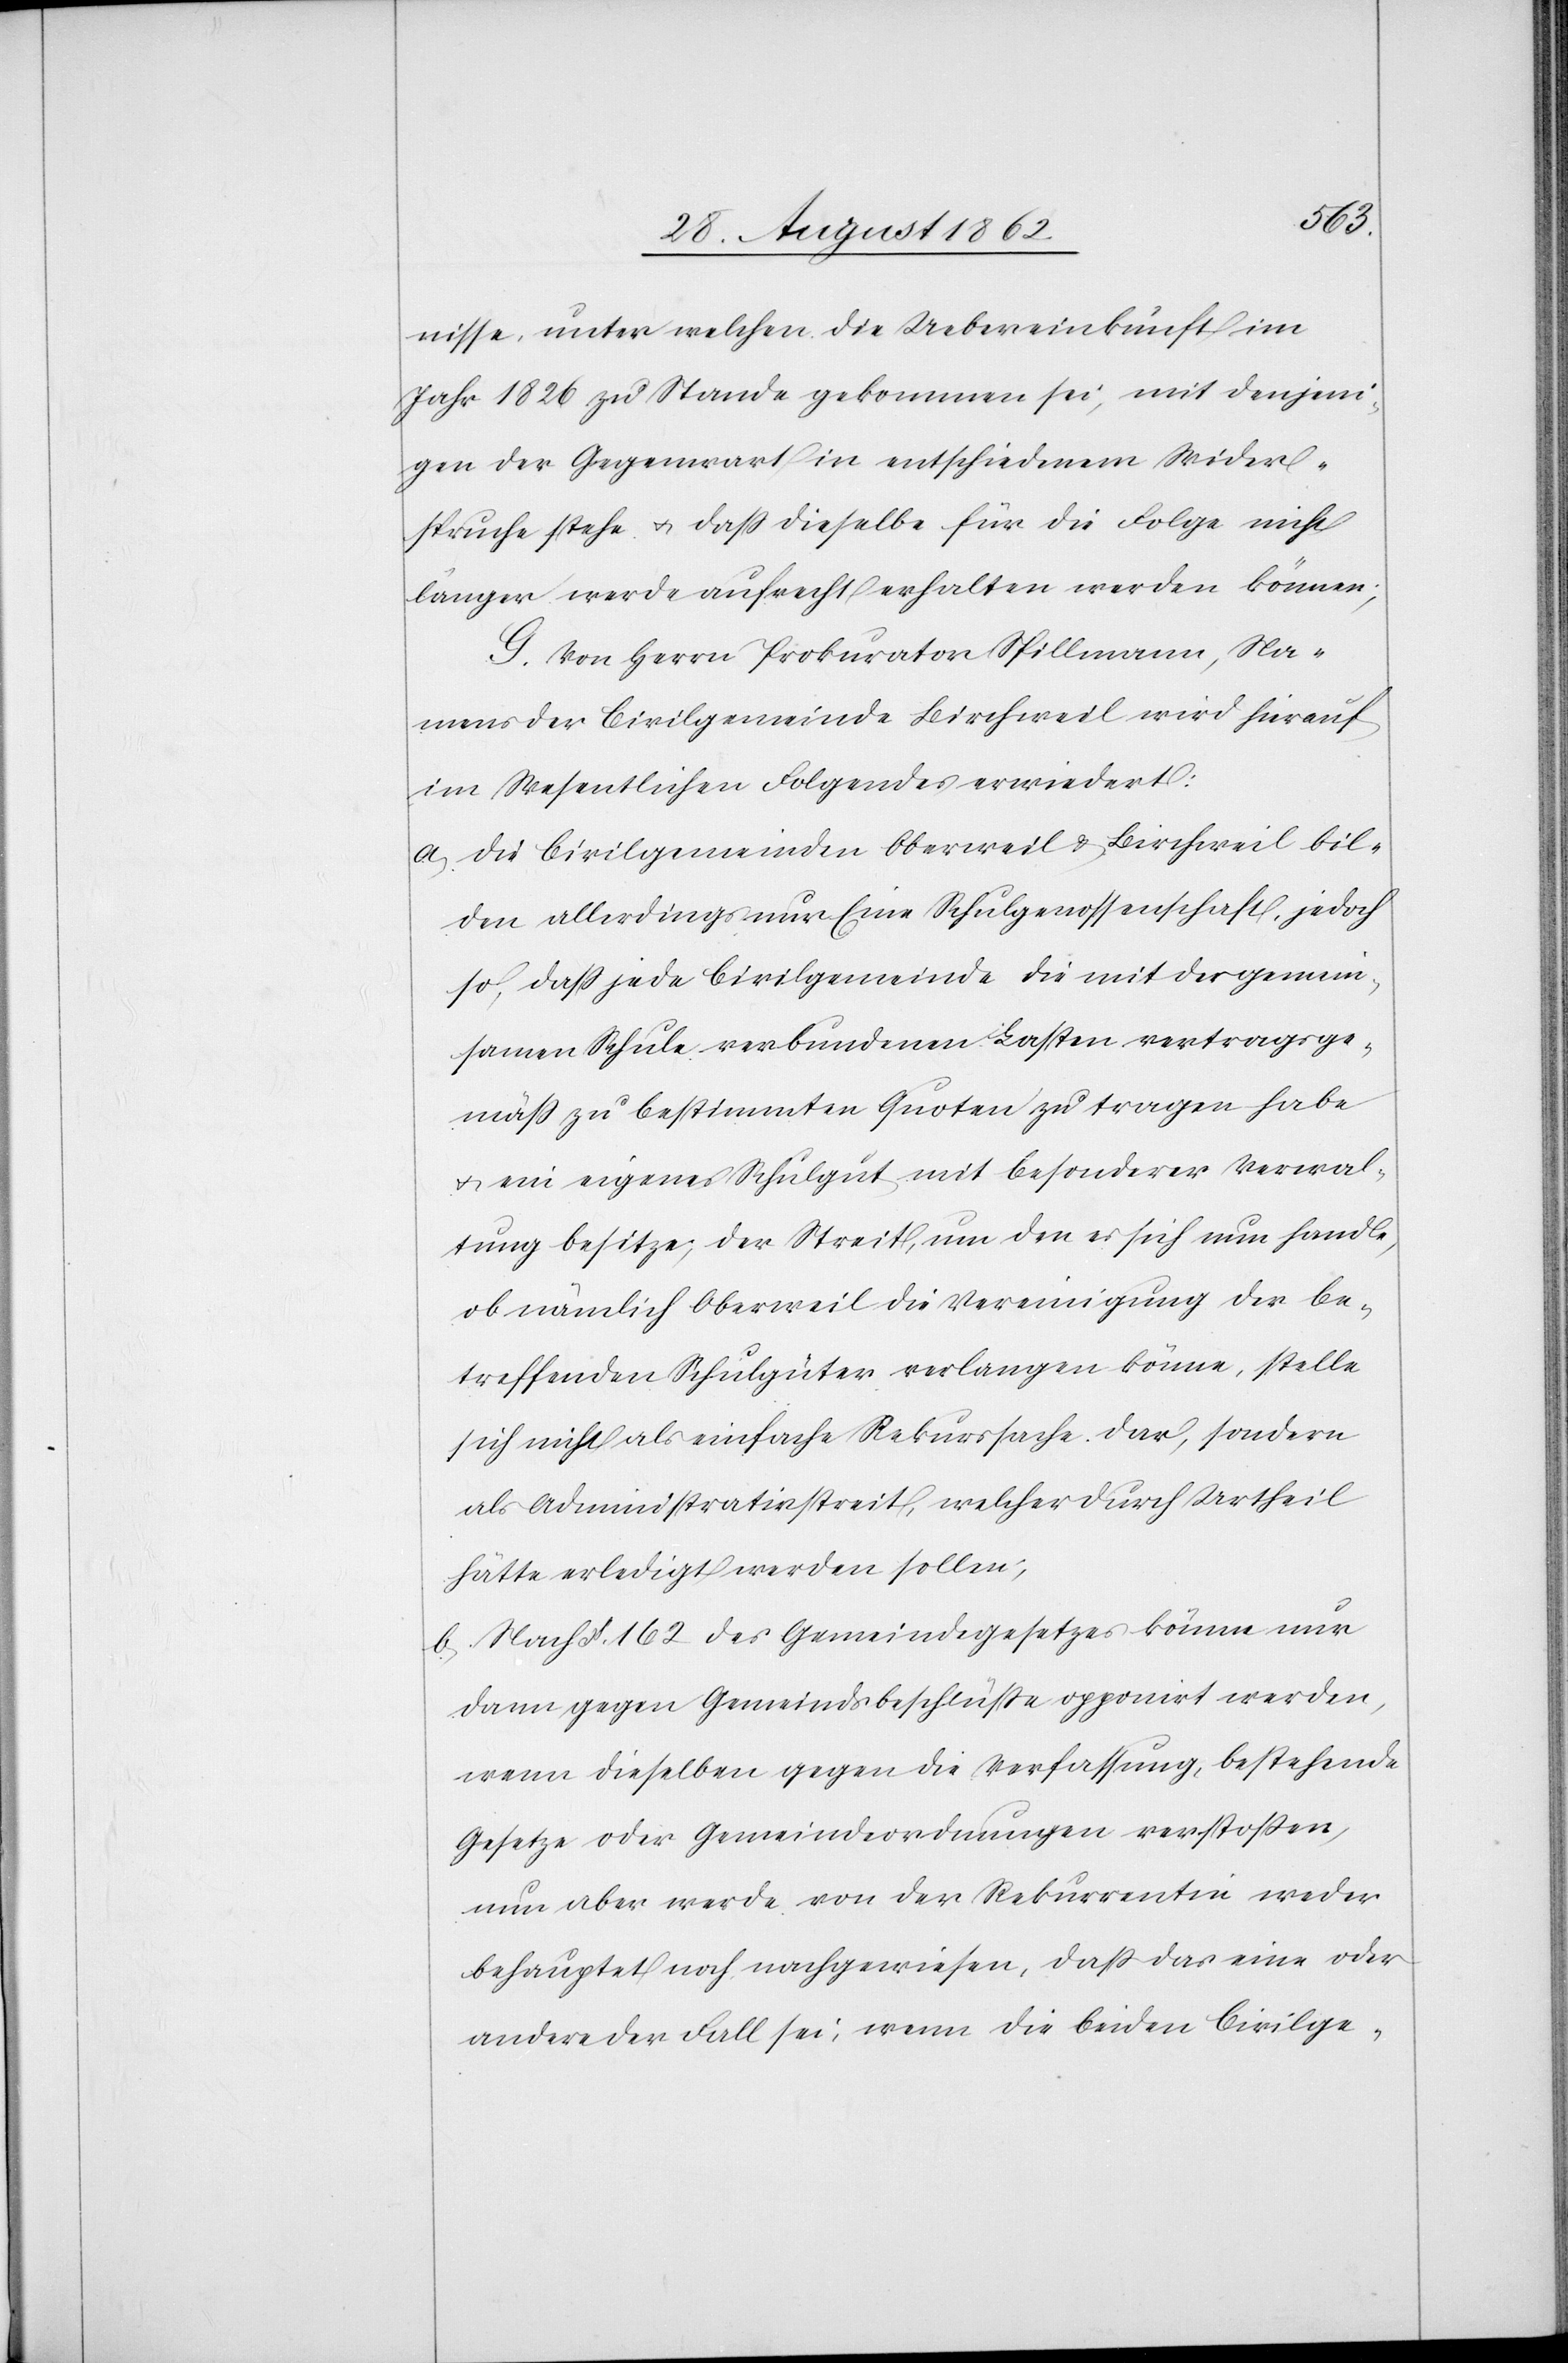
nisse, unter welchen die Uebereinkunft im
Jahr 1826 zu Stande gekommen sei, mit denjeni¬
gen der Gegenwart in entschiedenen Wider¬
spruche stehe u. daß dieselbe für die Folge nicht
länger werden aufrecht erhalten werden können;
G. Von Herrn Prokurator Spillmann, Na¬
mens der Civilgemeinde Birchweil wird hierauf
im Wesentlichen Folgendes erwiedert:
a. Die Civilgemeinden Oberweil u. Birchweil bil¬
den allerdings nur Eine Schulgenossenschaft, jedoch
so, daß jede Civilgemeinde die mit der gemein¬
samen Schule verbundenen Lasten vertragsge¬
mäß zu bestimmten Quoten zu tragen habe
u. ein eigenes Schulgut mit besonderer Verwal¬
tung besitze; der Streit, um den es sich nun handle,
ob nämlich Oberweil die Vereinigung der be¬
treffenden Schulgüter verlangen könne, stelle
sich nicht als einfache Rekurssache dar, sondern
als Administrativstreit, welcher durch Urtheil
hätte erledigt werden sollen;
b. Nach §. 162 des Gemeindegesetzes könne nur
dann gegen Gemeindsbeschlüsse opponiert werden,
wenn dieselben gegen die Verfassung, bestehende
Gesetze oder Gemeindeordnungen verstoßen,
nun aber werde von der Rekurrentin weder
behauptet noch nachgewiesen, daß das eine oder
andere der Fall sei, wenn die beiden Civilge-